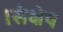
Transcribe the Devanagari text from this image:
।संक्षेप